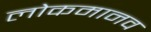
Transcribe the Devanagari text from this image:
लोकमानव